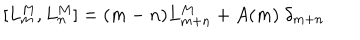
[ L _ { m } ^ { M } , L _ { n } ^ { M } ] = ( m - n ) L _ { m + n } ^ { M } + A ( m ) \; \delta _ { m + n }